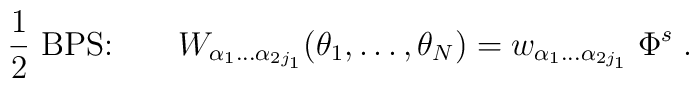
{1\over 2}\mbox{ BPS:}\qquad W_{\alpha_1\ldots\alpha_{2j_1}} (\theta_{1},\ldots,\theta_{N}) = w_{\alpha_1\ldots\alpha_{2j_1}}\;\Phi^s\;.